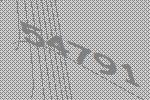
54791